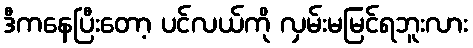
ဒီကနေပြီးတော့ ပင်လယ်ကို လှမ်းမမြင်ရဘူးလား